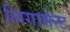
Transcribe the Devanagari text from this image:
लिगामेन्ट